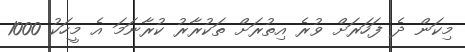
މިކަން ދެ ފަހަރަށް ވުރެ އިތުރަށް ތަކުރާރު ކުރާނަމަ އެ މީހަކު 1000